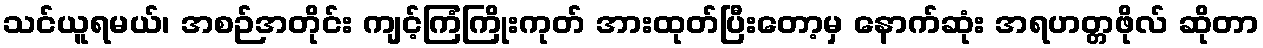
သင်ယူရမယ်၊ အစဉ်အတိုင်း ကျင့်ကြံကြိုးကုတ် အားထုတ်ပြီးတော့မှ နောက်ဆုံး အရဟတ္တဖိုလ် ဆိုတာ